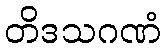
တိဒသဂဏံ